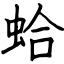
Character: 蛤